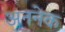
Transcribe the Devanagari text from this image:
अननेक